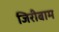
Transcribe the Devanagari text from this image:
जिरीबाम